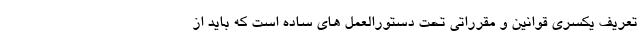
تعریف یکسری قوانین و مقرراتی تحت دستورالعمل های ساده است که باید از